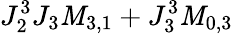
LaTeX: J_{2}^{3}J_{3}\mathit{M}_{3,1}+J_{3}^{3}\mathit{M}_{0,3}